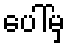
ပေါ်မှ